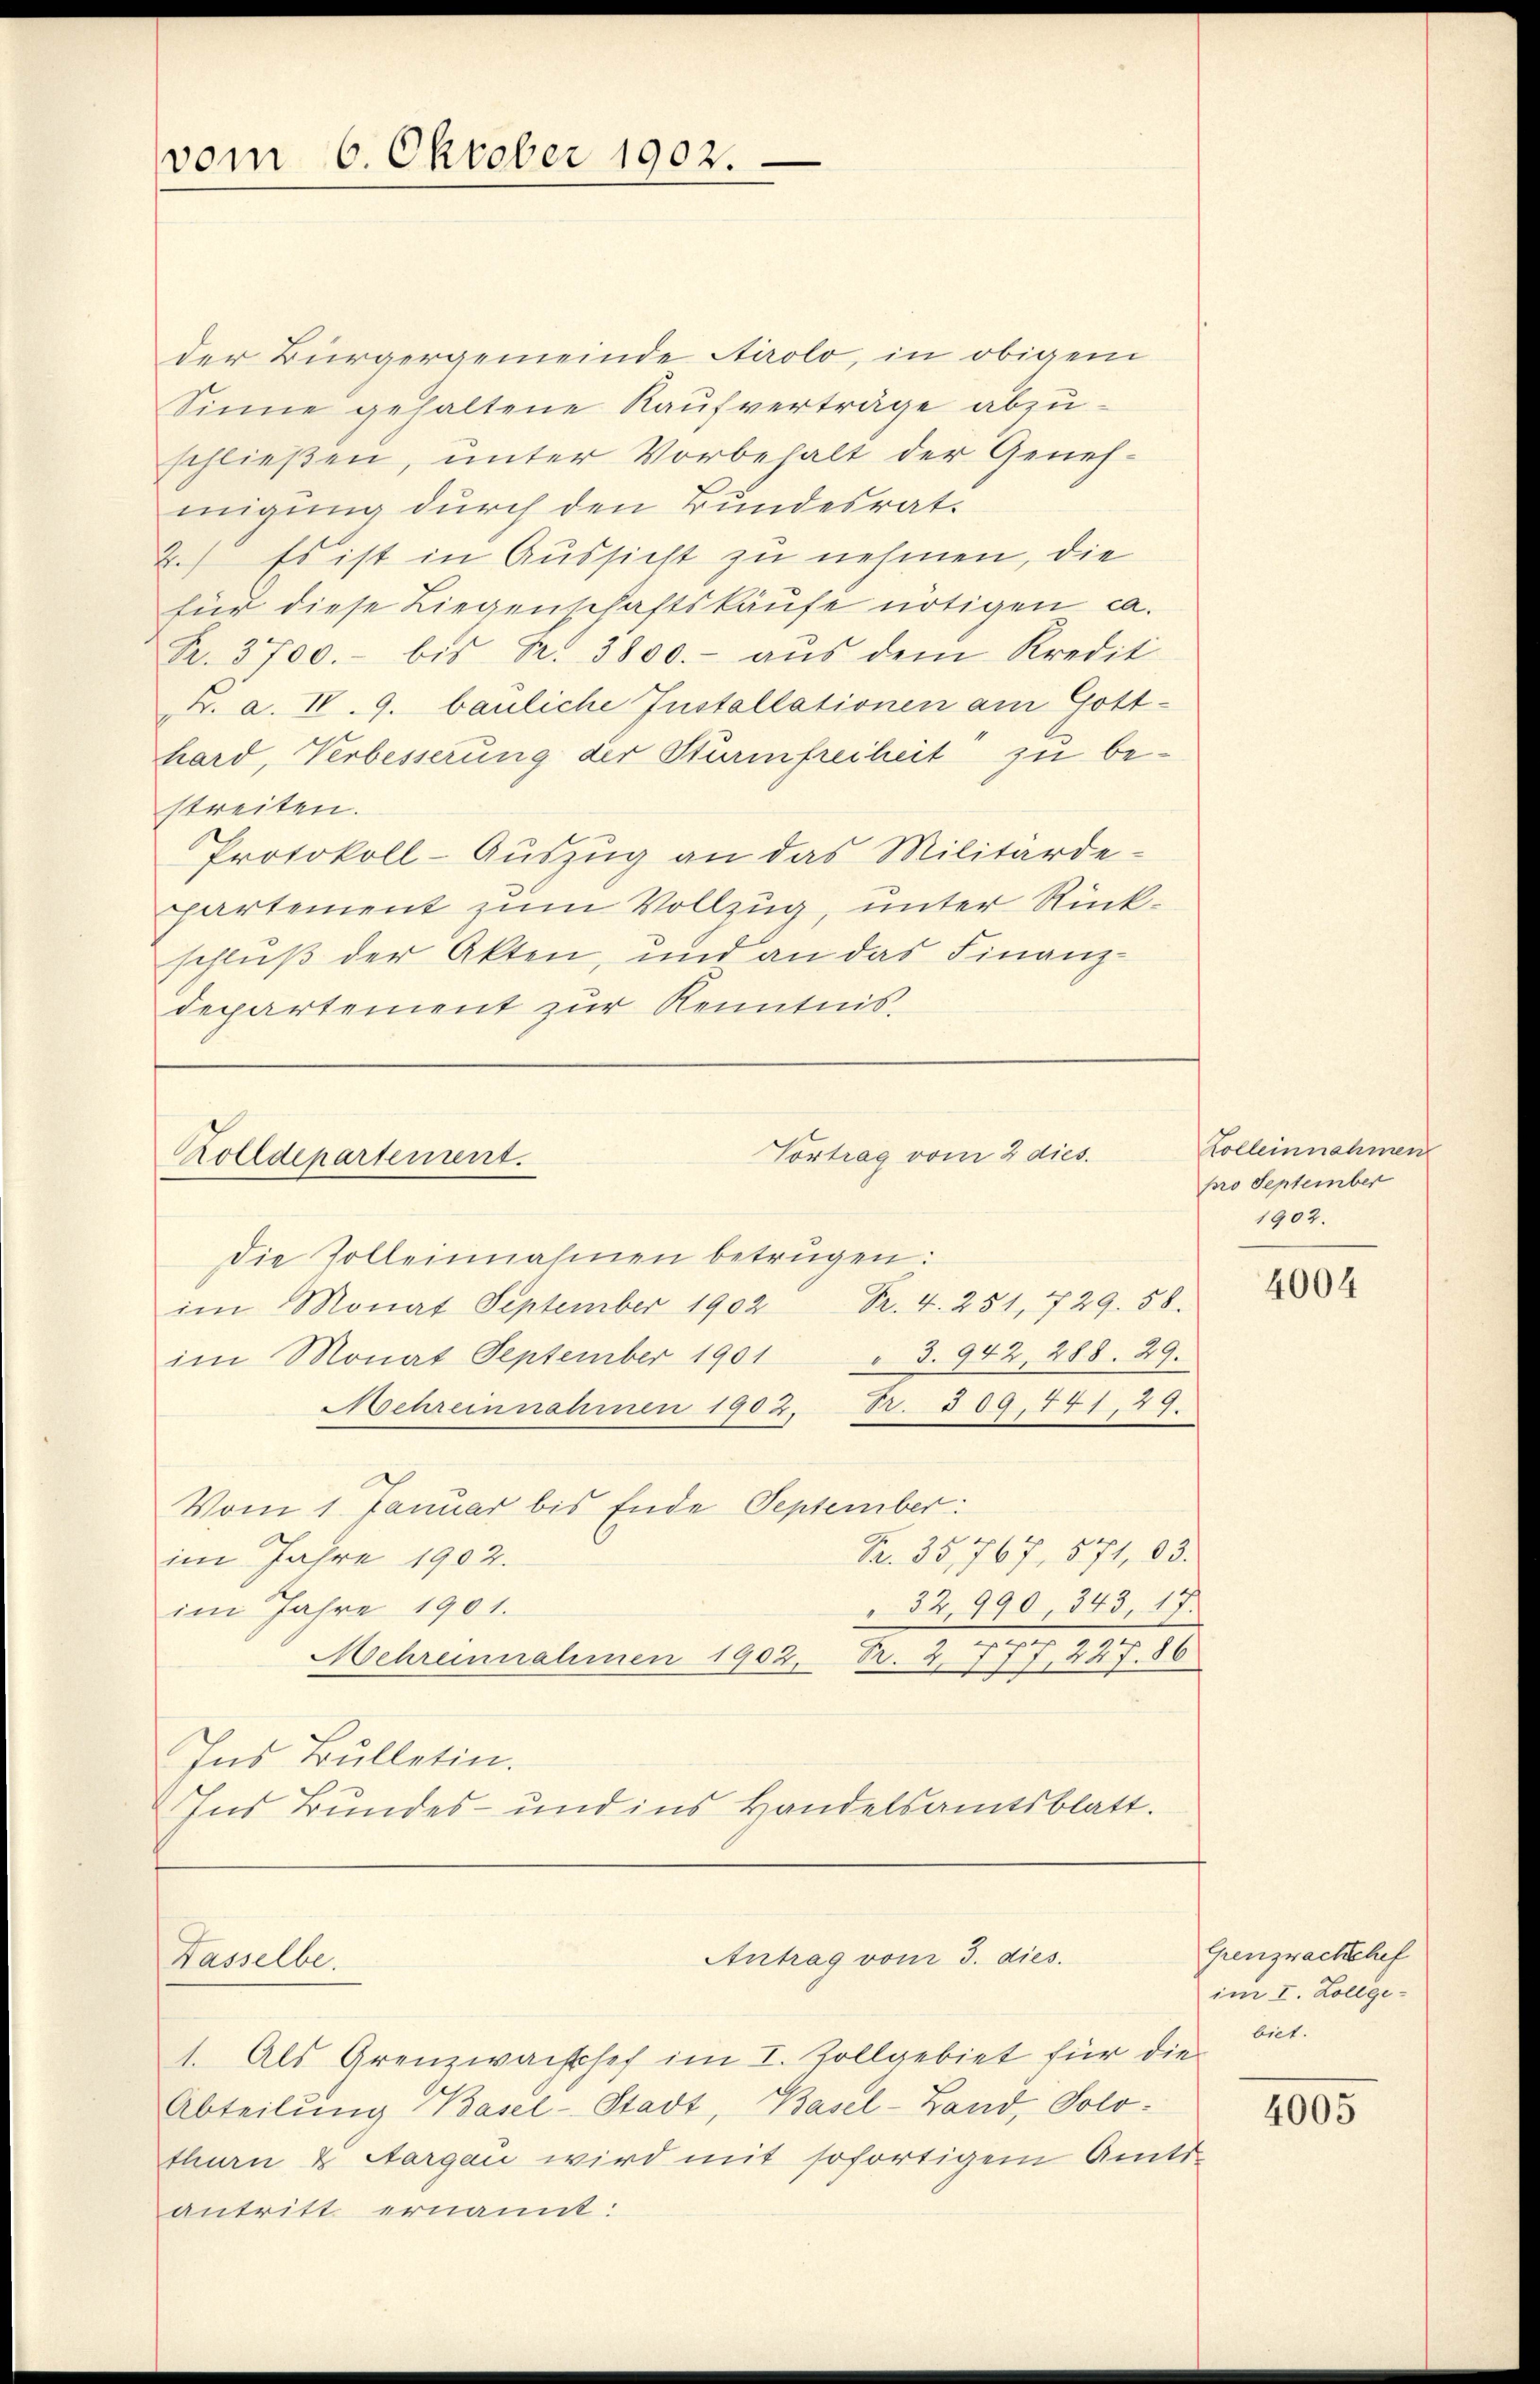
vom 6. Oktober 1902.

der Bürgergemeinde Airolo, in obigem
Sinne gehaltene Kaufverträge abzuschließen, unter Vorbehalt der Genehmigung durch den Bundesrat¬
2.) Es ist in Aussicht zu nehmen, die
für diese Liegenschaftskäufe nötigen ca.
R. 3700.- bis Nr. 3800.- aŭs dem Kredit
v. a. IV. 9. bauliche Installationen am Gotthard, Verbesserung der Sturmfreiheit zu bestreiten.
Protokoll-Auszug an das Militärde-
ppartement zum Vollzug, unter Rückschluß der Akten, und an das Finanzdepartement zur Kenntnis.

Zolldepartement.

Kasselbe.

Vortrag vom 2 dies

Abteilung Basel-Stadt, Basel-Land, Solo¬

Antrag vom 3. dies.

die Zolleinnahmen betrügen:
im Monat September 1902 Fr. 4. 251, 729. 58.
im Monat September 1901 " 3. 942, 288. 29.
Mehreinnahmen 1902, Fr. 309. 441, 29.
Vom 1. Januar bis Ende September:
Fr. 35,767. 571, 03.
im Jahre 1902.
32,990, 343, 17.
im Jahre 1901.
Mehreinnahmen 1902, Fr. 2. 777, 227. 86
Ins Bulletin.
Ins Bundes- und ins Handelsamtsblatt.

1. Als Grenzwachssef im I. Zollgebiet für die
thuen & Aargau wird mit sofortigem Amts-
antritt ernannt:

Kolleinnahmen
pro September
1902.

4004

Grenzwackchef
im I. Zollgebiet.

4005